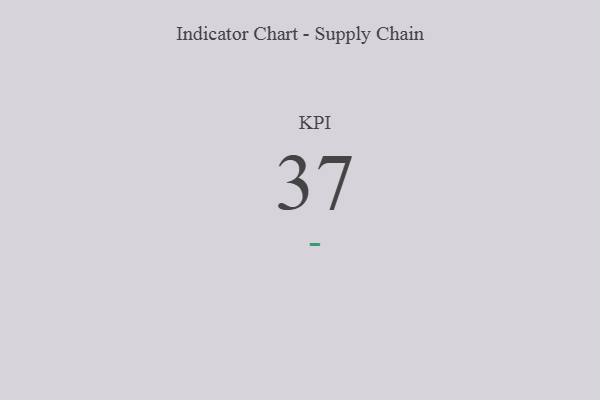
{"axis": {"x": "KPI", "y": "Value"}, "legend": [""], "data": [{"x": "KPI", "y": 37, "type": ""}]}